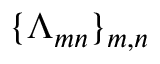
\{ \Lambda _ { m n } \} _ { m , n }